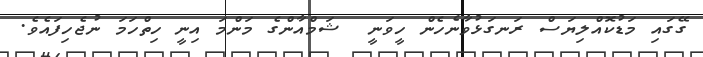
ގޭގައި މަޑުކޮއްލިޔަސް ރަނގަޅުވާނެހެން ހީވަނީ  ޝަމްއާންގެ މަންމަ އިނީ ހިތްހަމަ ނުޖެހިފައެވެ.